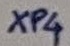
Text: XP4